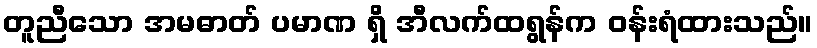
တူညီသော အမဓာတ် ပမာဏ ရှိ အီလက်ထရွန်က ဝန်းရံထားသည်။